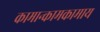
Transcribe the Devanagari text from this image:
कामान्कामकामाय